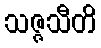
သဇ္ဇသီတိ